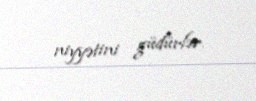
niyyətini güdürlər.